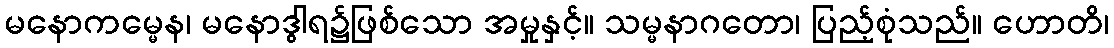
မနောကမ္မေန၊ မနောဒွါရ၌ဖြစ်သော အမှုနှင့်။ သမ္မနာဂတော၊ ပြည့်စုံသည်။ ဟောတိ၊